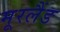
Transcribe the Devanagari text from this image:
मूरलैंड